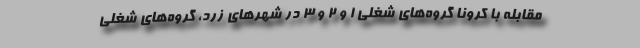
مقابله با کرونا گروه‌های شغلی ١ و ۲ و ۳ در شهرهای زرد، گروه‌های شغلی